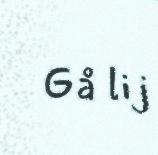
Gå lij